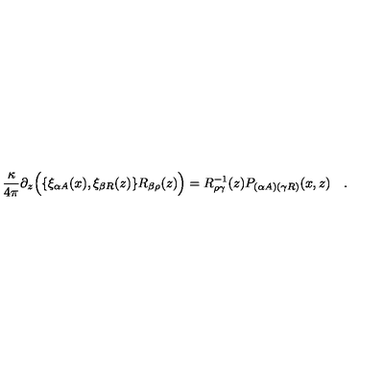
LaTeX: { \frac { \kappa } { 4 \pi } } \partial _ { z } \Bigl ( \{ \xi _ { \alpha A } ( x ) , \xi _ { \beta R } ( z ) \} R _ { \beta \rho } ( z ) \Bigr ) = R _ { \rho \gamma } ^ { - 1 } ( z ) P _ { ( \alpha A ) ( \gamma R ) } ( x , z ) \quad .